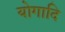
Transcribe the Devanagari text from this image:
योगादि